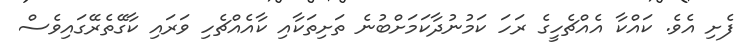
ފެށި އެވެ. ކައްކާ އެއްޗެހީގެ ރަހަ ކަމުނުދާކަމަށްބުނެ ތަށިތަކާއި ކާއެއްޗެހި ވަރައި ކާގޭތެރޭގައިވެސް